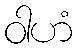
ဝါဟံ